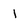
Character: 1